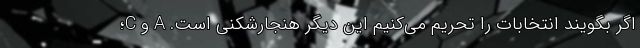
اگر بگویند انتخابات را تحریم می‌کنیم این دیگر هنجارشکنی است. A و C؛